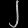
Digit: ၂